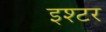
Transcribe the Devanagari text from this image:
इश्टर